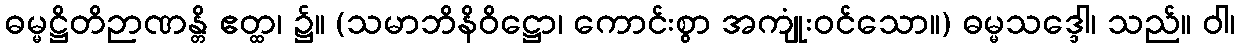
ဓမ္မဋ္ဌိတိဉာဏန္တိ ဧတ္ထ၊ ၌။ (သမာဘိနိဝိဋ္ဌော၊ ကောင်းစွာ အကျုံးဝင်သော။) ဓမ္မသဒ္ဒေါ၊ သည်။ ဝါ၊